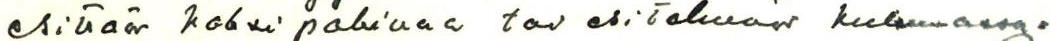
esittää kaksi pakinaa tai esitelmää kulumassa=